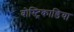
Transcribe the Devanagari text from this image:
बोस्ट्रिकाडिया